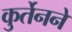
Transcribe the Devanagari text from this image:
कुर्तेनने